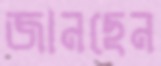
জানছেন